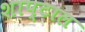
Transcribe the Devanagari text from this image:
शाप्टाल